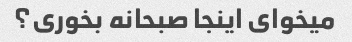
میخوای اینجا صبحانه بخوری؟